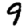
Digit: 9